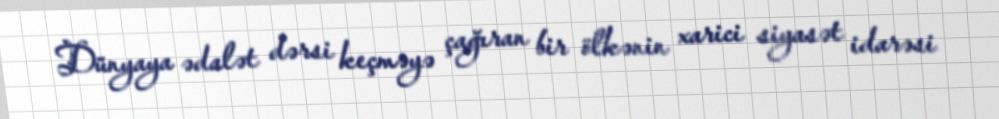
Dünyaya ədalət dərsi keçməyə çağıran bir ölkənin xarici siyasət idarəsi